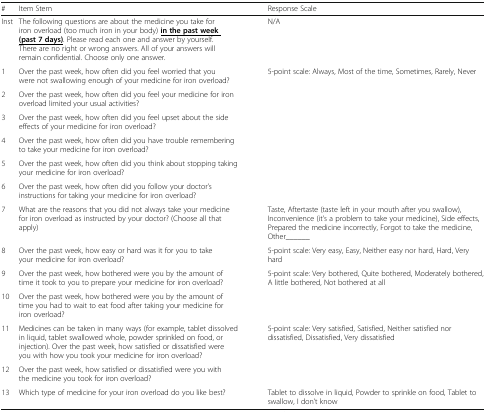
<table><thead><tr><td><b>#</b></td><td><b>Item Stem</b></td><td><b>Response Scale</b></td></tr></thead><tbody><tr><td>Inst</td><td>The following questions are about the medicine you take for iron overload (too much iron in your body) <b><underline>in the past week (past 7 days)</underline></b>. Please read each one and answer by yourself. There are no right or wrong answers. All of your answers will remain confidential. Choose only one answer.</td><td>N/A</td></tr><tr><td>1</td><td>Over the past week, how often did you feel worried that you were not swallowing enough of your medicine for iron overload?</td><td rowspan="6">5-point scale: Always, Most of the time, Sometimes, Rarely, Never</td></tr><tr><td>2</td><td>Over the past week, how often did you feel your medicine for iron overload limited your usual activities?</td></tr><tr><td>3</td><td>Over the past week, how often did you feel upset about the side effects of your medicine for iron overload?</td></tr><tr><td>4</td><td>Over the past week, how often did you have trouble remembering to take your medicine for iron overload?</td></tr><tr><td>5</td><td>Over the past week, how often did you think about stopping taking your medicine for iron overload?</td></tr><tr><td>6</td><td>Over the past week, how often did you follow your doctor’s instructions for taking your medicine for iron overload?</td></tr><tr><td>7</td><td>What are the reasons that you did not always take your medicine for iron overload as instructed by your doctor? (Choose all that apply)</td><td>Taste, Aftertaste (taste left in your mouth after you swallow), Inconvenience (it’s a problem to take your medicine), Side effects, Prepared the medicine incorrectly, Forgot to take the medicine, Other______</td></tr><tr><td>8</td><td>Over the past week, how easy or hard was it for you to take your medicine for iron overload?</td><td>5-point scale: Very easy, Easy, Neither easy nor hard, Hard, Very hard</td></tr><tr><td>9</td><td>Over the past week, how bothered were you by the amount of time it took to you to prepare your medicine for iron overload?</td><td rowspan="2">5-point scale: Very bothered, Quite bothered, Moderately bothered, A little bothered, Not bothered at all</td></tr><tr><td>10</td><td>Over the past week, how bothered were you by the amount of time you had to wait to eat food after taking your medicine for iron overload?</td></tr><tr><td>11</td><td>Medicines can be taken in many ways (for example, tablet dissolved in liquid, tablet swallowed whole, powder sprinkled on food, or injection). Over the past week, how satisfied or dissatisfied were you with how you took your medicine for iron overload?</td><td rowspan="2">5-point scale: Very satisfied, Satisfied, Neither satisfied nor dissatisfied, Dissatisfied, Very dissatisfied</td></tr><tr><td>12</td><td>Over the past week, how satisfied or dissatisfied were you with the medicine you took for iron overload?</td></tr><tr><td>13</td><td>Which type of medicine for your iron overload do you like best?</td><td>Tablet to dissolve in liquid, Powder to sprinkle on food, Tablet to swallow, I don’t know</td></tr></tbody></table>